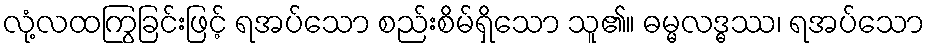
လုံ့လထကြွခြင်းဖြင့် ရအပ်သော စည်းစိမ်ရှိသော သူ၏။ ဓမ္မလဒ္ဓဿ၊ ရအပ်သော